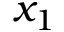
x _ { 1 }